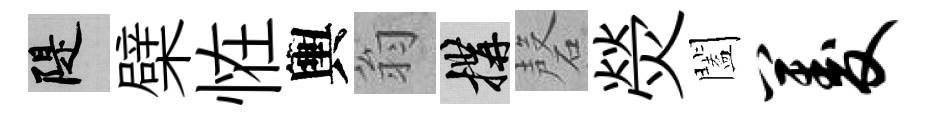
堤檗恠輿翁構磬熒闔菱